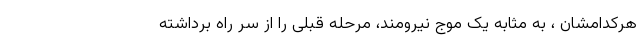
هرکدامشان ، به مثابه یک موج نیرومند، مرحله قبلی را از سر راه برداشته